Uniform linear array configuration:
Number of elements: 24
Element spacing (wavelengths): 0.25
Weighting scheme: hann
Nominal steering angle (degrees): -15
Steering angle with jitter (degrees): -14.442
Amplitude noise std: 0.05
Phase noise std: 0.05

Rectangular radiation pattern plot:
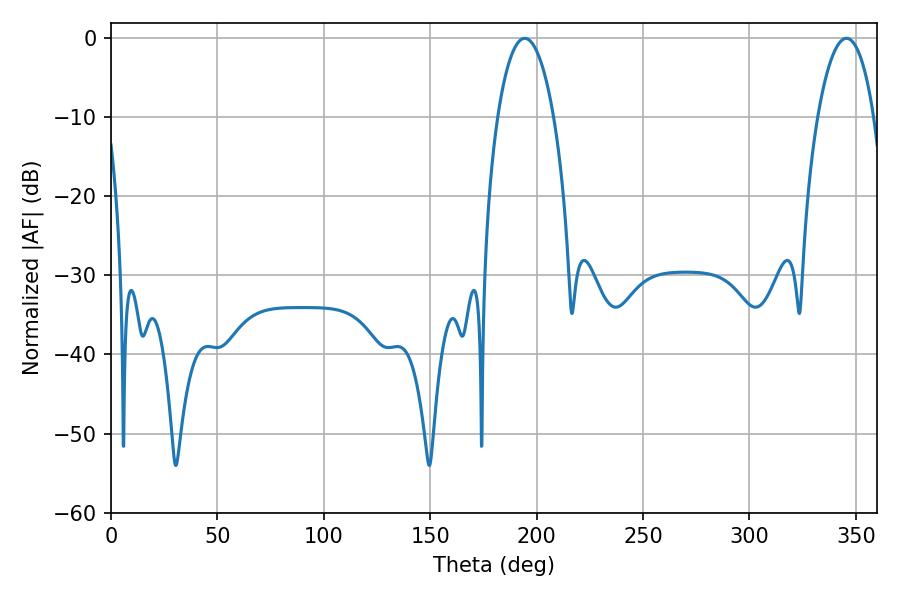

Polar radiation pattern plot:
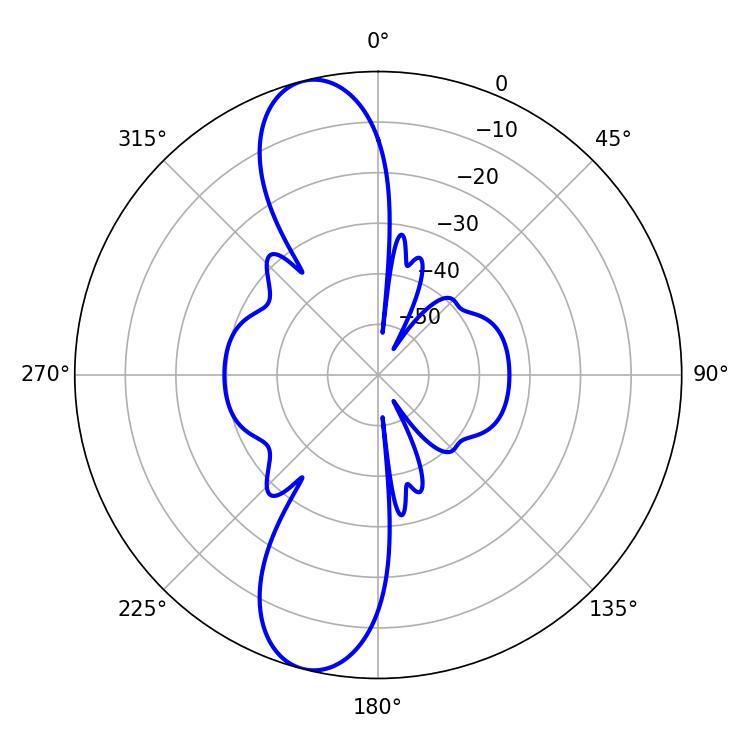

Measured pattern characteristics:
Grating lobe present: FALSE
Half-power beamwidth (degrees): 14.76
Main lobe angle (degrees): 194.4